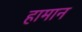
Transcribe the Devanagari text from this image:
हामान